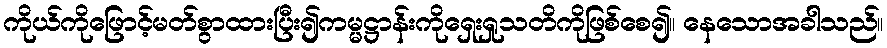
ကိုယ်ကိုဖြောင့်မတ်စွာထားပြီး၍ကမ္မဋ္ဌာန်းကိုရှေးရှုသတိကိုဖြစ်စေ၍။ နေသောအခါသည်။